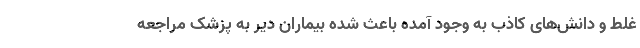
غلط و دانش‌های کاذب به‌ وجود آمده باعث شده بیماران دیر به پزشک مراجعه